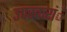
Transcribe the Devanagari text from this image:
उपस्करांें